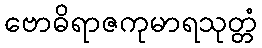
ဗောဓိရာဇကုမာရသုတ္တံ